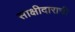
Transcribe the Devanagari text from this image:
साक्षीदाराची